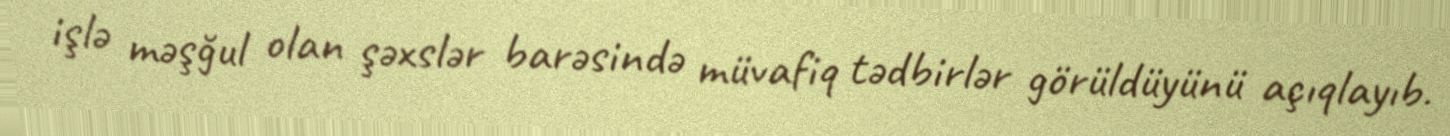
işlə məşğul olan şəxslər barəsində müvafiq tədbirlər görüldüyünü açıqlayıb.